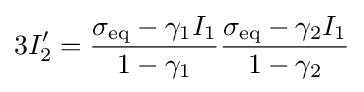
3I_{2}'={\frac {\sigma _{\mathrm {eq} }-\gamma _{1}I_{1}}{1-\gamma _{1}}}{\frac {\sigma _{\mathrm {eq} }-\gamma _{2}I_{1}}{1-\gamma _{2}}}